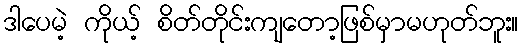
ဒါပေမဲ့ ကိုယ့် စိတ်တိုင်းကျတော့ဖြစ်မှာမဟုတ်ဘူး။